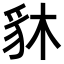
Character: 䝗